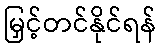
မြှင့်တင်နိုင်ရန်